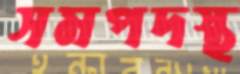
সমপদস্থ